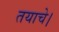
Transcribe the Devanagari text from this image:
तयाचे।